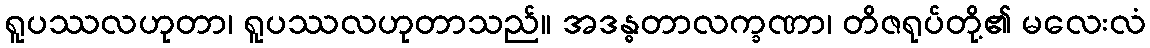
ရူပဿလဟုတာ၊ ရူပဿလဟုတာသည်။ အဒန္ဓတာလက္ခဏာ၊ တိဇရုပ်တို့၏ မလေးလံ